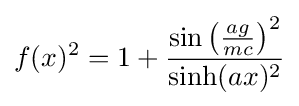
f(x)^{2}=1+{\frac {\sin \left({\frac {ag}{mc}}\right)^{2}}{\sinh(ax)^{2}}}